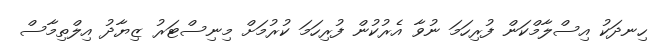
ހިނދަކު އިސްލާމްކަން ފުރިހަމަ ނުވާ އެރުކުން ފުރިހަމަ ކުރުމަށް މިނިސްޓަރު ޒިޔާދު އިލްތިމާސް